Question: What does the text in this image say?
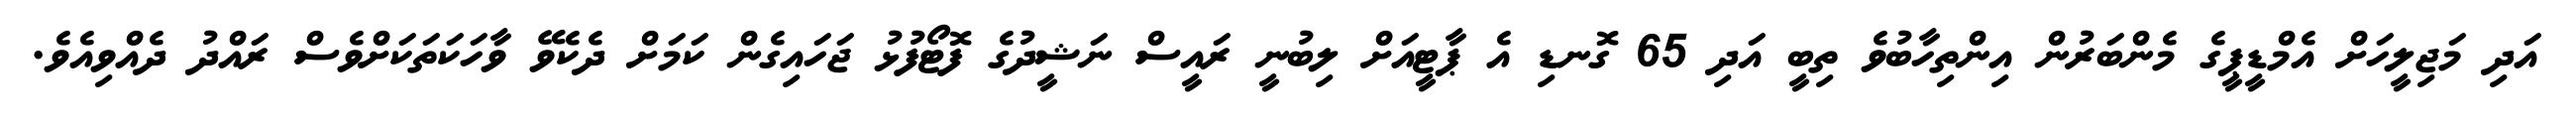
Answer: އަދި މަޖިލީހަށް އެމްޑީޕީގެ މެންބަރުން އިންތިހާބުވެ ތިބީ އަދި 65 ގޮނޑި އެ ޕާޓީއަށް ލިބުނީ ރައީސް ނަޝީދުގެ ފޮޓޯފުޅު ޖަހައިގެން ކަމަށް ދެކެވޭ ވާހަކަތަކަށްވެސް ރައްދު ދެއްވިއެވެ.